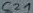
Text: C21